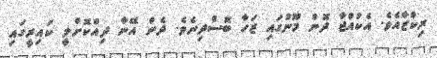
ރިކްޒާއެވެ. އެކުއްޖާ ދޮން މޫނުގައި ޒަހާ ބޮސްދިނެވެ. ދެން އޭނާ ދިއްކޮށްލީ ކައިރީގައި